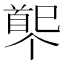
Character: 𩠟